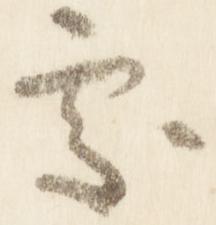
処